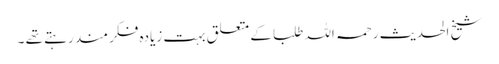
شیخ الحدیث رحمہ اللہ طلبا کے متعلق بہت زیادہ فکر مند رہتے تھے ۔